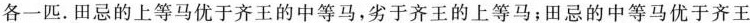
各一匹.田忌的上等马优于齐王的中等马，劣于齐王的上等马；田忌的中等马优于齐王